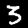
Digit: 3